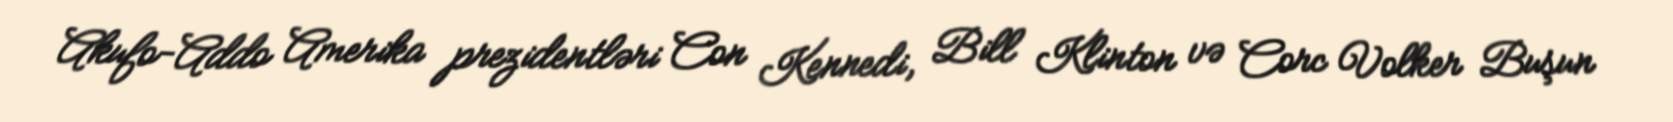
Akufo-Addo Amerika prezidentləri Con Kennedi, Bill Klinton və Corc Volker Buşun